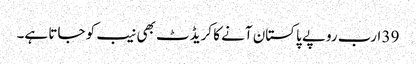
39 ارب روپے پاکستان آنے کا کریڈٹ بھی نیب کو جاتا ہے۔